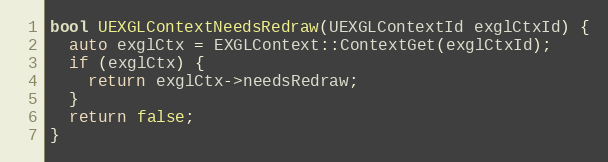
Language: C++
bool UEXGLContextNeedsRedraw(UEXGLContextId exglCtxId) {
  auto exglCtx = EXGLContext::ContextGet(exglCtxId);
  if (exglCtx) {
    return exglCtx->needsRedraw;
  }
  return false;
}